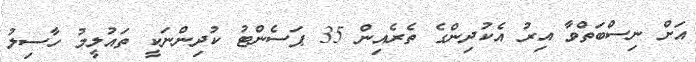
އަށް ނިސްބަތްވާ އިރު އެކުދިންގެ ތެރެއިން 35 ޕަސެންޓު ކުދިންނަކީ ތައުލީމު ހާސިލު